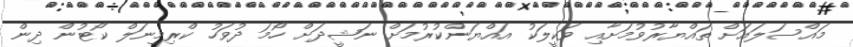
މައްސަލައަށް ތައްޔާރުވުމަށާއި ވަކީލަކު އައްޔަންކުރުމަށް ނަޝީދަށް ހޯމަ ދުވަހު ކްރިމިނަލް ކޯޓުން ދިން